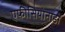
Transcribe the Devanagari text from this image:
एफीसियोनाडो